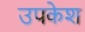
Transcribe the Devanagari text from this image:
उपकेश